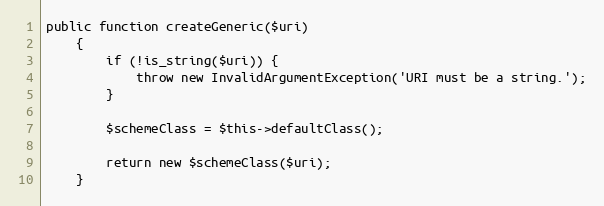
Language: PHP
public function createGeneric($uri)
    {
        if (!is_string($uri)) {
            throw new InvalidArgumentException('URI must be a string.');
        }

        $schemeClass = $this->defaultClass();

        return new $schemeClass($uri);
    }